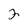
Character: 2